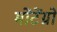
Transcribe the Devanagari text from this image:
मोंटेंग्रो